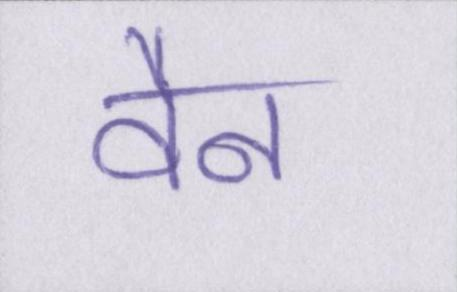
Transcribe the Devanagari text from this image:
वैन